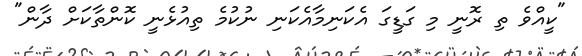
"ކީއްވެ ތި ރޮނީ މި ގަޑީގަ އެކަނިމާއެކަނި ނުކުމެ ތިއުޅެނީ ކޮންތާކަށް ދާން"